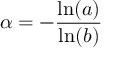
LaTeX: \alpha = - { \frac { \ln ( a ) } { \ln ( b ) } }